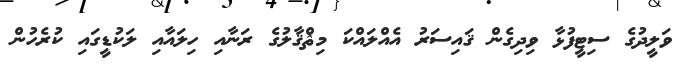
ވަލީދުގެ ސިޓީފުޅާ ވިދިގެން ޤައިސަރު އެއްލައްކަ މިޘްޤާލުގެ ރަނާއި ހިލައާއި ލަކުޑީގައި ކުރެހުން